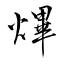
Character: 熚